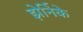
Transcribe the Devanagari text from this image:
झेर्निके